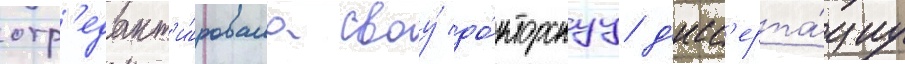
отр'едакт'и́ровала своу́ до́кторскуу д'исс'ерта́циу